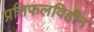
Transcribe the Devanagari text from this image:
प्रतिफलविहीन